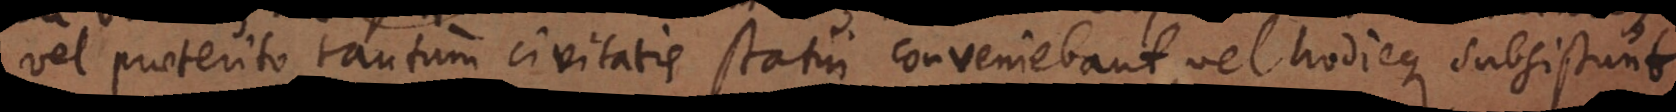
vel praeterito tantum civitatis statui conveniebant, vel hodieque subsistunt